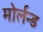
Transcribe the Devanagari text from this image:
मोर्लन्ड